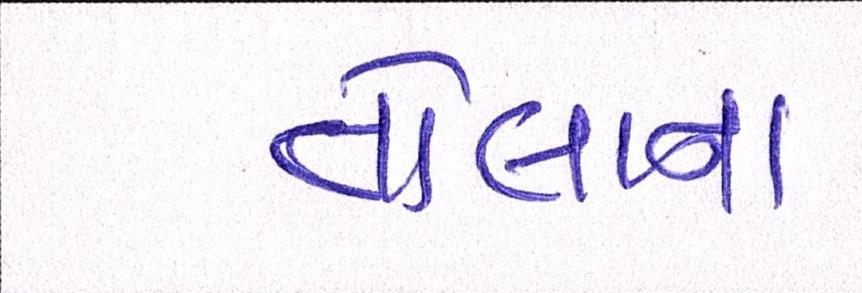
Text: તોલાના